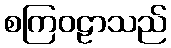
စကြဝဠာသည်